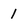
Character: 1